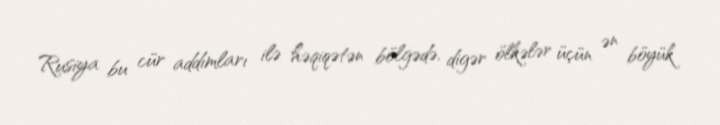
Rusiya bu cür addımları ilə həqiqətən bölgədə, digər ölkələr üçün ən böyük